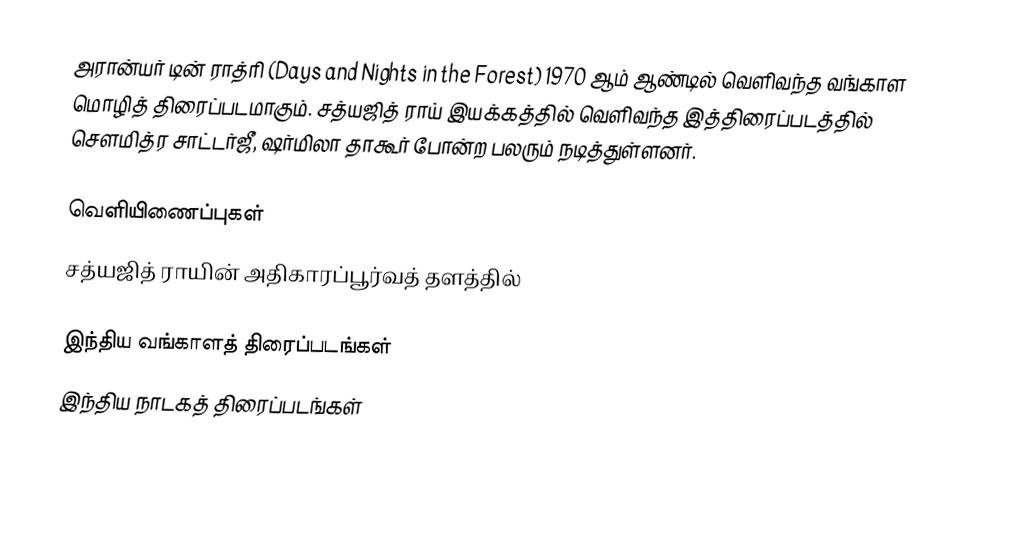
அரான்யர் டின் ராத்ரி (Days and Nights in the Forest) 1970 ஆம் ஆண்டில் வெளிவந்த வங்காள மொழித் திரைப்படமாகும். சத்யஜித் ராய் இயக்கத்தில் வெளிவந்த இத்திரைப்படத்தில் சௌமித்ர சாட்டர்ஜீ, ஷர்மிலா தாகூர் போன்ற பலரும் நடித்துள்ளனர்.

வெளியிணைப்புகள்
 சத்யஜித் ராயின் அதிகாரப்பூர்வத் தளத்தில்

இந்திய வங்காளத் திரைப்படங்கள்
இந்திய நாடகத் திரைப்படங்கள்